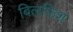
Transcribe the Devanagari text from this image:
बिलफ़िश